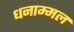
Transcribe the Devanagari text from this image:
धनाम्मल